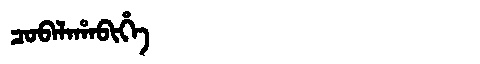
Manchu: ᠴᠣᠪᠠᠯᠠᡥᠠᠪᡳᡥᡝ
Romanization: COBALAHABIHE